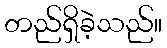
တည်ရှိခဲ့သည်။